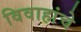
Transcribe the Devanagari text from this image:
विवाहांचे